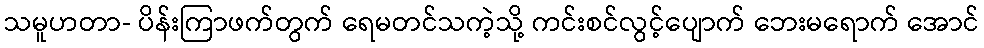
သမူဟတာ- ပိန်းကြာဖက်တွက် ရေမတင်သကဲ့သို့ ကင်းစင်လွင့်ပျောက် ဘေးမရောက် အောင်